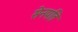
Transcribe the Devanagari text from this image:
सेनपति